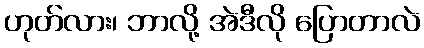
ဟုတ်လား၊ ဘာလို့ အဲဒီလို ပြောတာလဲ